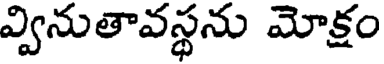
వ్వినుతావస్థను మోక్షం